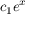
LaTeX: c _ { 1 } e ^ { x }